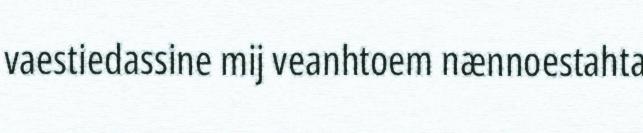
vaestiedassine mij veanhtoem nænnoestahta